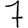
Digit: 7